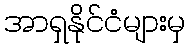
အာရှနိုင်ငံများမှ